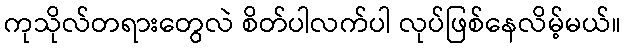
ကုသိုလ်တရားတွေလဲ စိတ်ပါလက်ပါ လုပ်ဖြစ်နေလိမ့်မယ်။